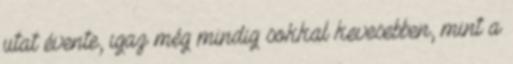
utat évente, igaz még mindig sokkal kevesebben, mint a